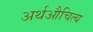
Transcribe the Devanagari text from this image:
अर्थऔचित्य